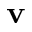
\textbf { v }